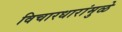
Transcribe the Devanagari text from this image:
विचारधारांमुळे